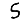
Digit: 5